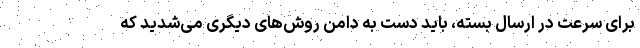
برای سرعت در ارسال بسته، باید دست به دامن روش‌های دیگری می‌شدید که